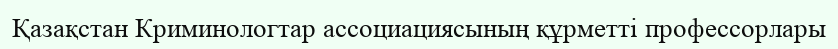
Қазақстан Криминологтар ассоциациясының құрметті профессорлары